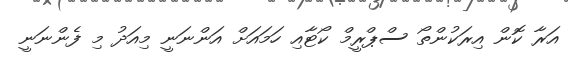
އަރާ ކޮން އިރަކުންތޯ ސްޕްރީމް ކޯޓާއި ހަމައަށް އަންނަނީ މިއަދު މި ފެންނަނީ